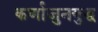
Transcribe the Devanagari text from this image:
कर्णाजुनयुद्ध